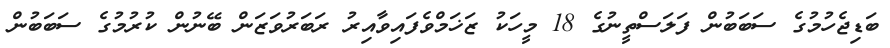
ބަޑިޖެހުމުގެ ސަބަބުން ފަލަސްތީނުގެ 18 މީހަކު ޒަޚަމްވެފައިވާއިރު ރަބަރުވަޒަން ބޭނުން ކުރުމުގެ ސަބަބުން